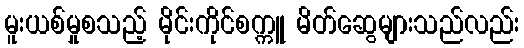
မူးယစ်မှုစသည့် မိုင်းကိုင်စက္ကူ မိတ်ဆွေများသည်လည်း